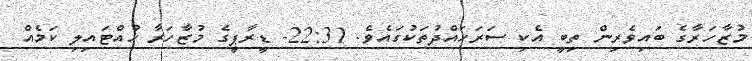
މުޒާހަރާގެ ބައިވެރިން ތިބީ އެކި ސަރަހައްދުތަކުގައެވެ. 22:31- ޑީރާޕީގެ މުޒާހަރާ ހުއްޓައިލި ކަމެއް